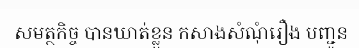
សមត្ថកិច្ច បានឃាត់ខ្លួន កសាងសំណុំរឿង បញ្ជូន